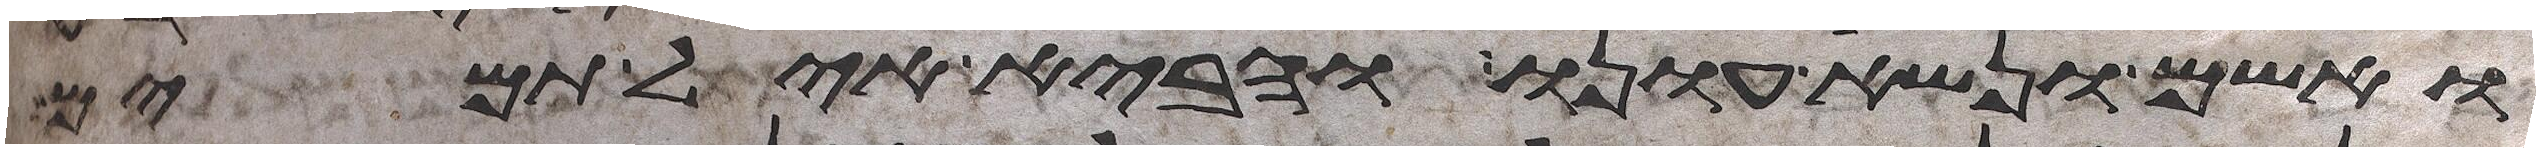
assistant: ואשם ונשא עונו והביא איל תמים